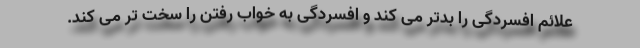
علائم افسردگی را بدتر می کند و افسردگی به خواب رفتن را سخت تر می کند.